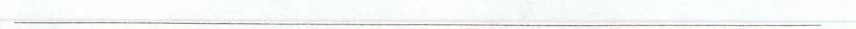
___